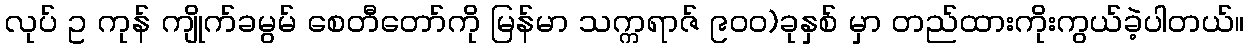
လုပ် ဥ ကုန် ကျိုက်ခမွမ် စေတီတော်ကို မြန်မာ သက္ကရာဇ် ၉၀၀)ခုနှစ် မှာ တည်ထားကိုးကွယ်ခဲ့ပါတယ်။